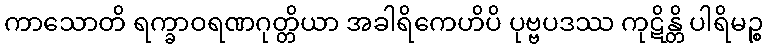
ကာသောတိ ရက္ခာဝရဏဂုတ္တိယာ အခါရိကေဟိပိ ပုဗ္ဗပဒဿ ကုဋိန္တိ ပါရိမဉ္စ